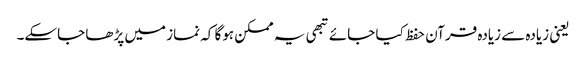
یعنی زیادہ سے زیادہ قرآن حفظ کیا جائے تبھی یہ ممکن ہوگا کہ نماز میں پڑھا جاسکے۔